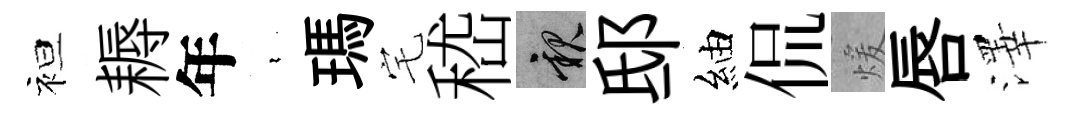
袒耨年裊瑪宅嵇親邸紬侃煖唇澤